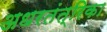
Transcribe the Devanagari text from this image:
अधरतंत्रिका